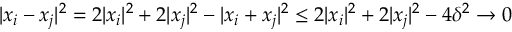
| x _ { i } - x _ { j } | ^ { 2 } = 2 | x _ { i } | ^ { 2 } + 2 | x _ { j } | ^ { 2 } - | x _ { i } + x _ { j } | ^ { 2 } \leq 2 | x _ { i } | ^ { 2 } + 2 | x _ { j } | ^ { 2 } - 4 \delta ^ { 2 } \to 0